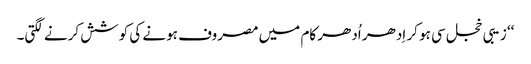
‘‘ زیبی خجل سی ہو کر اِدھر اُدھر کام میں مصروف ہونے کی کوشش کرنے لگتی۔